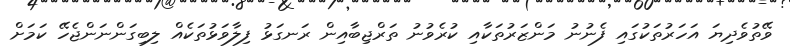
ވޭތުވެދިޔަ އަހަރުތަކުގައި ފެނުނު މަންޒަރުތަކާއި ކުރެވުނު ތަރްޖިބާއިން ރަނގަޅު ފިލާވަޅުތަކެއް ލިބިގަންނަންޖެހޭ ކަމަށް